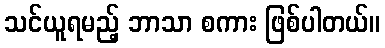
သင်ယူရမည့် ဘာသာ စကား ဖြစ်ပါတယ်။